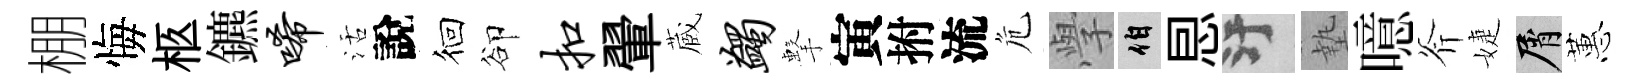
棚悔柩鑣唏活說徊卻扣翬蔵蠲擊寅拊流危𭓕伯㤙污墊噫斧婕屑蕙